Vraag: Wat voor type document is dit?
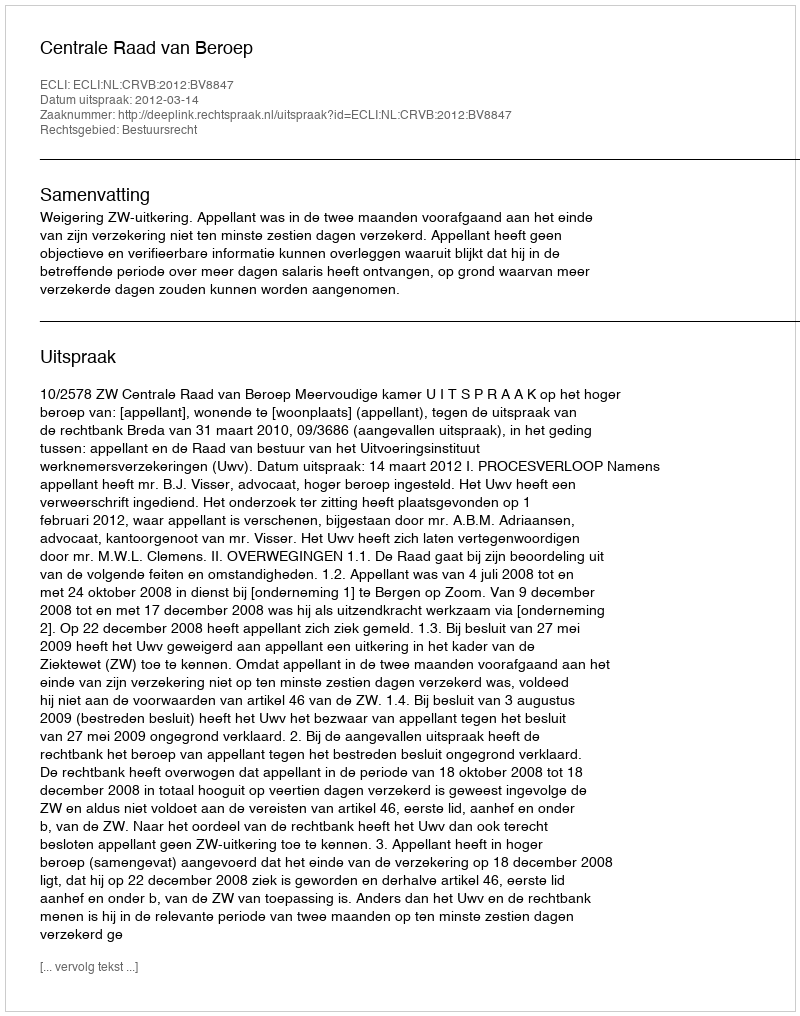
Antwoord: Uitspraak